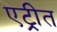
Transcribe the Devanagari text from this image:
एट्रीत